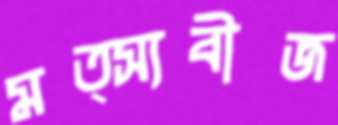
মত্স্যবীজ